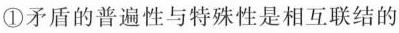
①矛盾的普遍性与特殊性是相互联结的